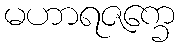
မဟာရဇက္ခေ